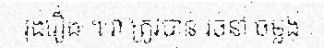
រុងរឿង ។ វា ត្រូវបាន រចនា ចម្លង